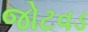
જોટવડ